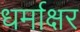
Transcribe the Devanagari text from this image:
धर्माक्षर